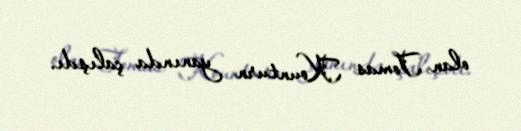
olan Tomas Kounturn yanında çalışdı.